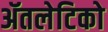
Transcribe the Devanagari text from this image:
ॲतलेटिको